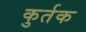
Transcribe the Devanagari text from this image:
कुर्तक